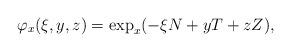
LaTeX: \begin{align*}\varphi_x(\xi,y,z) = \exp_x(-\xi N + y T + z Z),\end{align*}